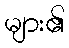
များ၏